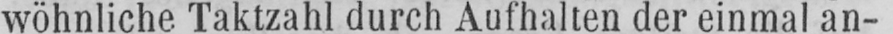
wöhnliche Taktzahl durch Aufhalten der einmal an-